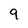
Character: 9